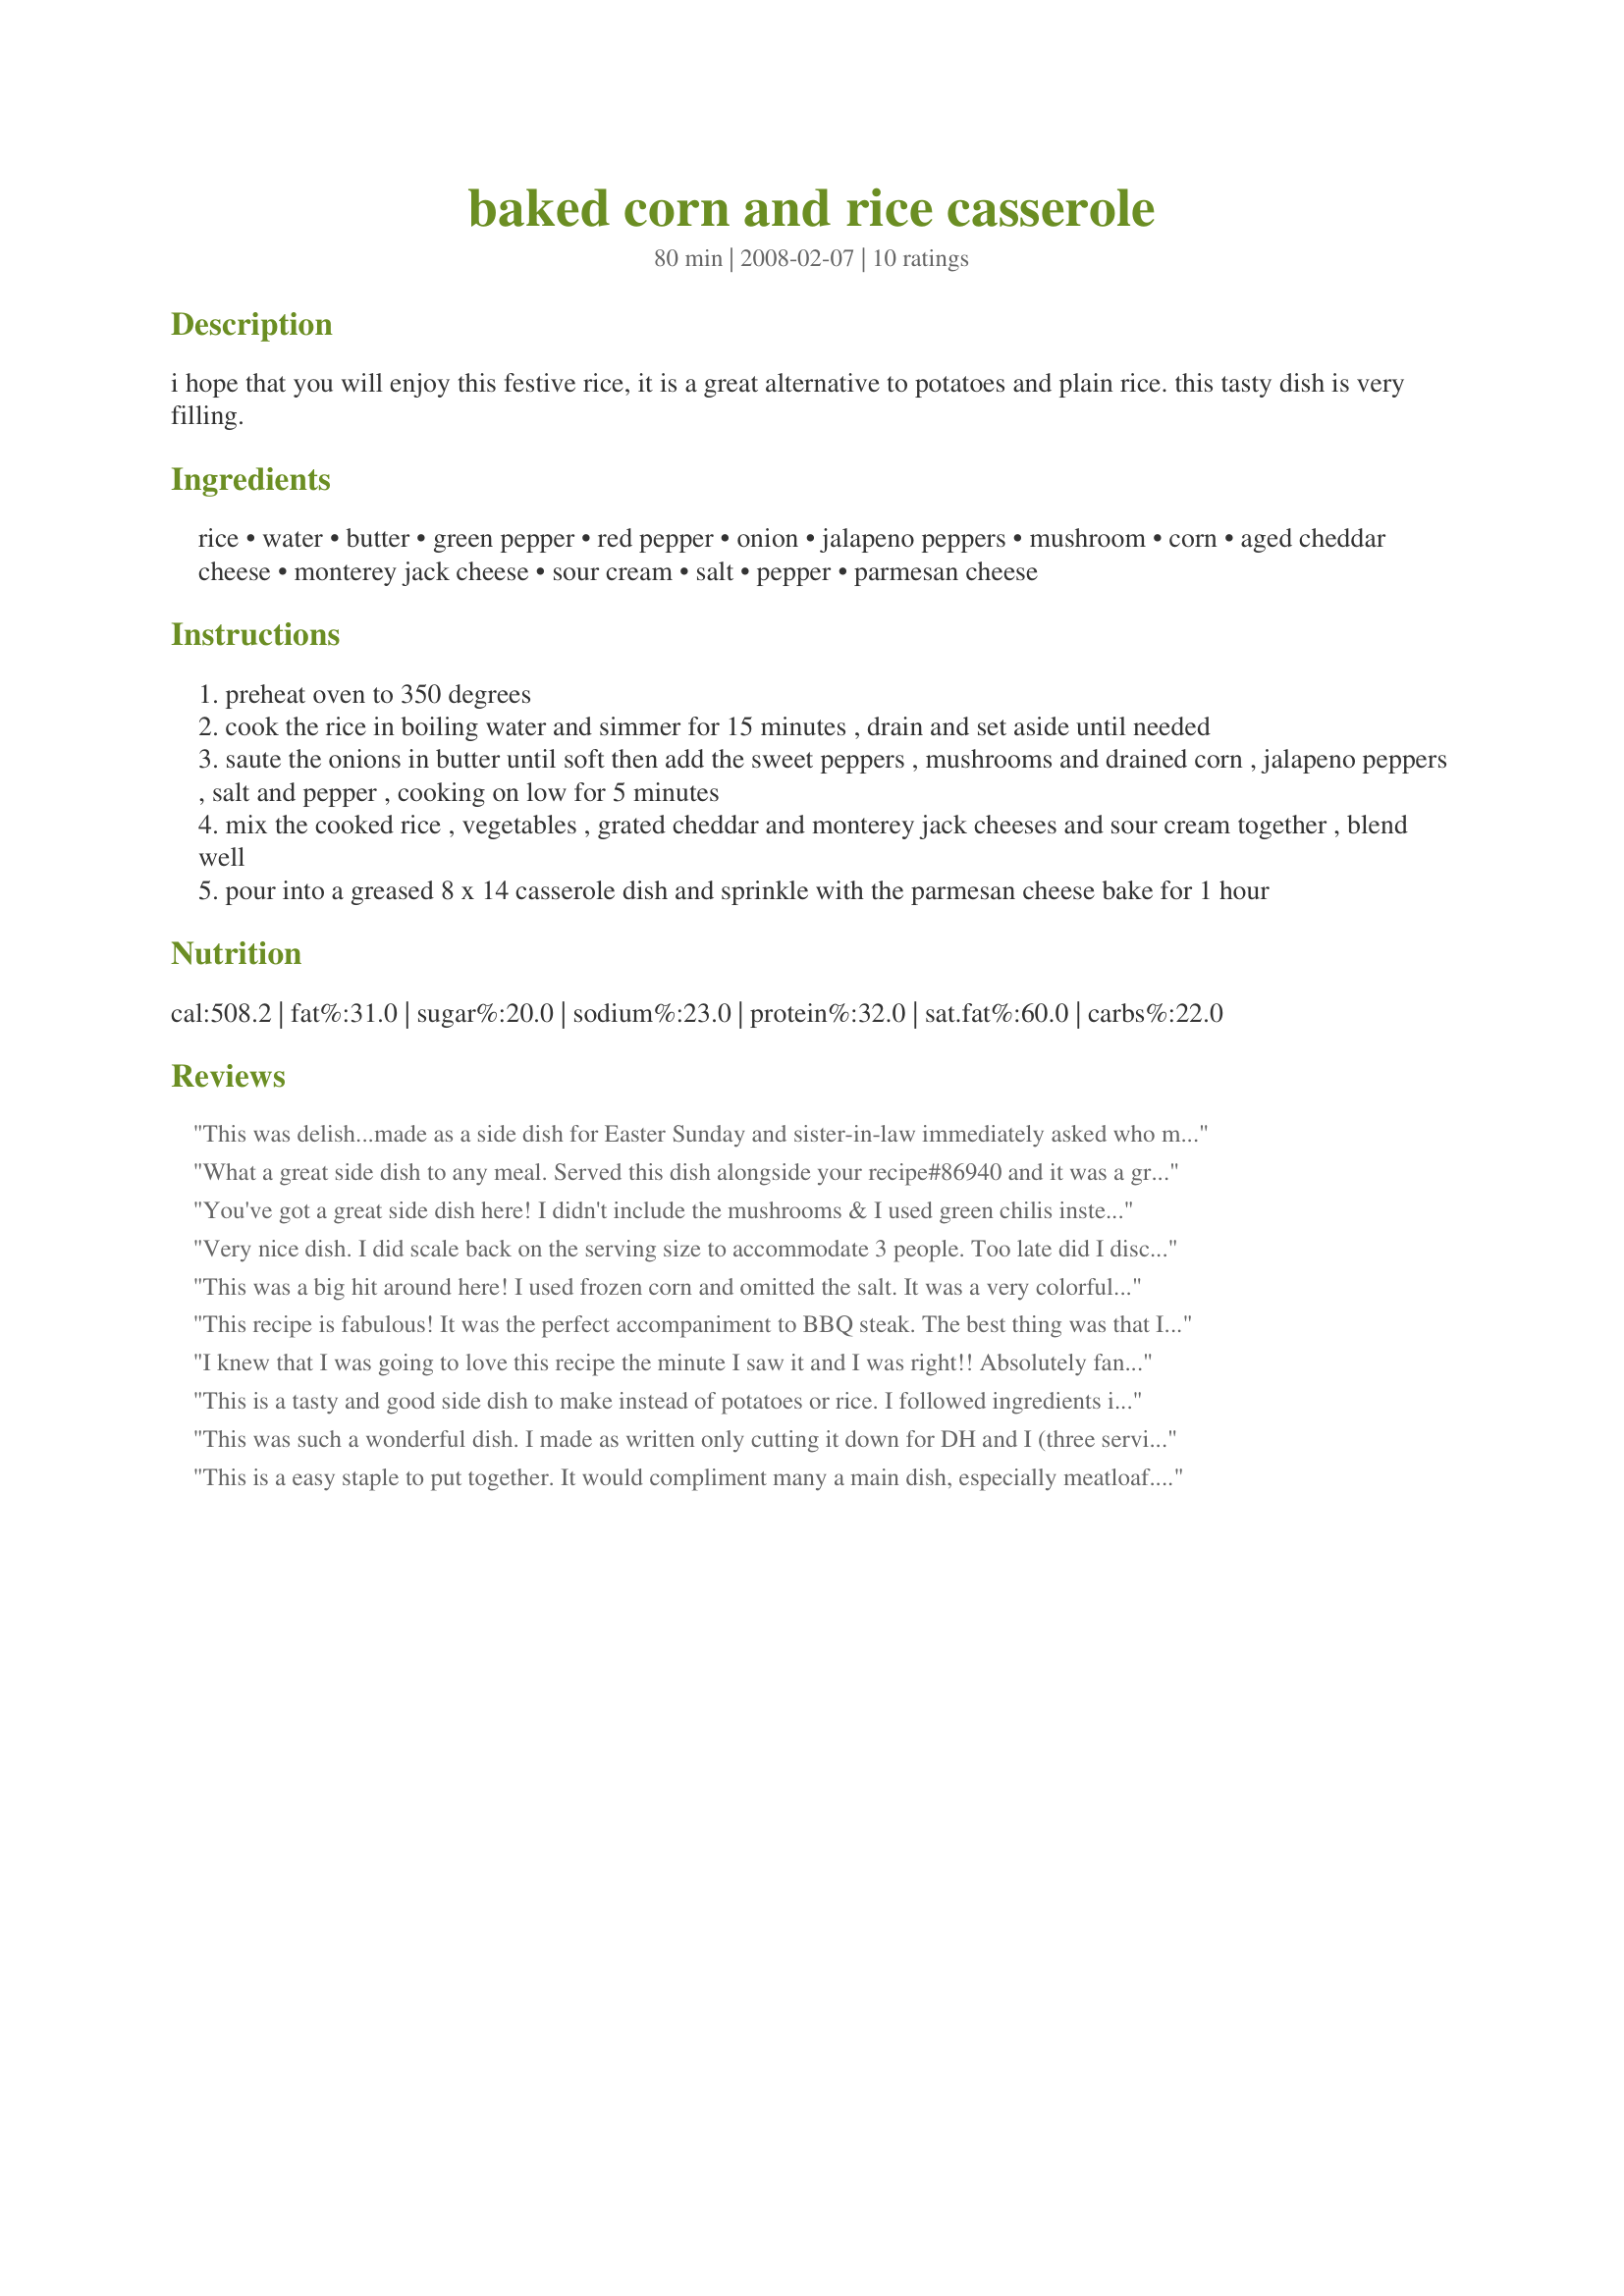
baked corn and rice casserole
Preparation time: 80 minutes

i hope that you will enjoy this festive rice, it is a great alternative to potatoes and plain rice. this tasty dish is very filling.

Ingredients:
rice, water, butter, green pepper, red pepper, onion, jalapeno peppers, mushroom, corn, aged cheddar cheese, monterey jack cheese, sour cream, salt, pepper, parmesan cheese

Steps:
preheat oven to 350 degrees
cook the rice in boiling water and simmer for 15 minutes , drain and set aside until needed
saute the onions in butter until soft then add the sweet peppers , mushrooms and drained corn , jalapeno peppers , salt and pepper , cooking on low for 5 minutes
mix the cooked rice , vegetables , grated cheddar and monterey jack cheeses and sour cream together , blend well
pour into a greased 8 x 14 casserole dish and sprinkle with the parmesan cheese bake for 1 hour

Reviews:
This was delish...made as a side dish for Easter Sunday and sister-in-law immediately asked who made this? Please send me the recipe. I used frozen corn too 'cause I'm not in love with anything from the can. Only used the red peppers because they are so sweet and add a ton of flavor. Used red pepper flakes instead of jalapeno so becareful not to get too heavy handed unless you really like the bite...we do. Thanks for sharing a recipe I'll definitely use many times over. Loved all the veggies in it and will try it with other assortments. Even my two year old grand daughter ate it.
What a great side dish to any meal. Served this dish alongside your recipe#86940 and it was a great match . Loved all the flavors and ingredients and I&#039;ll definitely keep this recipe handy. Made for Spring PAC, 2014.
You've got a great side dish here! I didn't include the mushrooms & I used green chilis insteas of jalapenos, & it was STILL a great casserole, definitely something I'd like to make again! Thanks for sharing! [Made & reviewed as a recipenapped bonus in Aus/NZ Recipe Swap #14, Mar 08]
Very nice dish. I did scale back on the serving size to accommodate 3 people. Too late did I discover I had no Monterey Jack, so I just doubled up on the cheddar. Since we don't care for the canned corn, I used frozen. :)
This was a big hit around here! I used frozen corn and omitted the salt. It was a very colorful and delicious dish! Thanks for sharing!
This recipe is fabulous! It was the perfect accompaniment to BBQ steak. The best thing was that I usually have all those ingredients on hand as well!! My husband says he wants it with dinner tonight as well! LOL! So, it was hit at our house! Thanks Baby Kato
I knew that I was going to love this recipe the minute I saw it and I was right!! Absolutely fantastic! I don't care for onions so left them out, and added an additional jalapeno to compensate, otherwise made just as specified. Would be great with anything - I served with mini ham bbq sandwiches - a delicious meal!
This is a tasty and good side dish to make instead of potatoes or rice. I followed ingredients in recipe except for jalapenos, used green chilis, no mushrooms, used all medium cheddar cheese. Made for Newest Tag 2008
This was such a wonderful dish. I made as written only cutting it down for DH and I (three servings). DH is ready to have this again. Next time I think I will add a little more jalapeno (ours was a mild one). Thank you for sharing the recipe. Made for El Maiz~ Corn June 2013 tag game.
This is a easy staple to put together. It would compliment many a main dish, especially meatloaf. It is colorful in presentation and is sure to be a kid-pleaser as it is not a spicy dish. This dish is even better the next day. It had wonderful flavor and would be great for OAMC. Thanks so much for posting.
